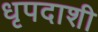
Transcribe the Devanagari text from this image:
धृपदाशी